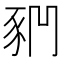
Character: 𧰶